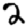
Digit: 2